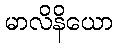
မာလိနိယော